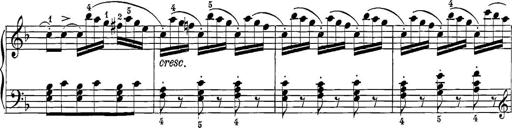
Title: 12 Sonatine per Pianoforte
Composer: Friedrich Kuhlau